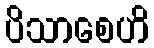
ပိသာစေဟိ